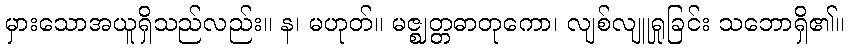
မှားသောအယူရှိသည်လည်း။ န၊ မဟုတ်။ မဇ္ဈတ္တဓာတုကော၊ လျစ်လျူရှုခြင်း သဘောရှိ၏။